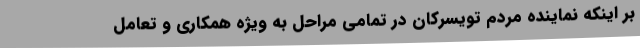
بر اینکه نماینده مردم تویسرکان در تمامی مراحل به ویژه همکاری و تعامل